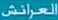
العرائش